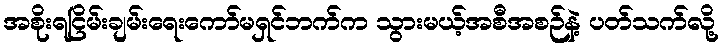
အစိုးရငြိမ်းချမ်းရေးကော်မရှင်ဘက်က သွားမယ့်အစီအစဉ်နဲ့ ပတ်သက်လို့